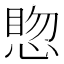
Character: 𪬊